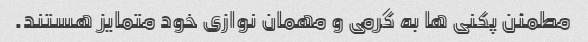
مطمئن پکنی ها به گرمی و مهمان نوازی خود متمایز هستند.